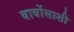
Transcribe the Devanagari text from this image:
बार्बोसाशी